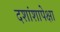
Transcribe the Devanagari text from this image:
दशांशापेक्षा